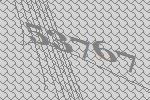
53767